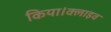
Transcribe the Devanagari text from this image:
किया।क्लाइव